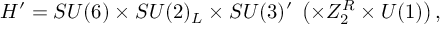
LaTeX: H ^ { \prime } = S U ( 6 ) \times S U ( 2 ) _ { L } \times S U ( 3 ) ^ { \prime } \; \left( \times Z _ { 2 } ^ { R } \times U ( 1 ) \right) ,